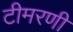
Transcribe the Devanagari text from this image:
टीमरणी